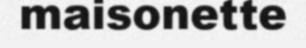
maisonette